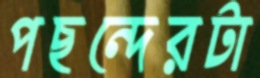
পছন্দেরটা